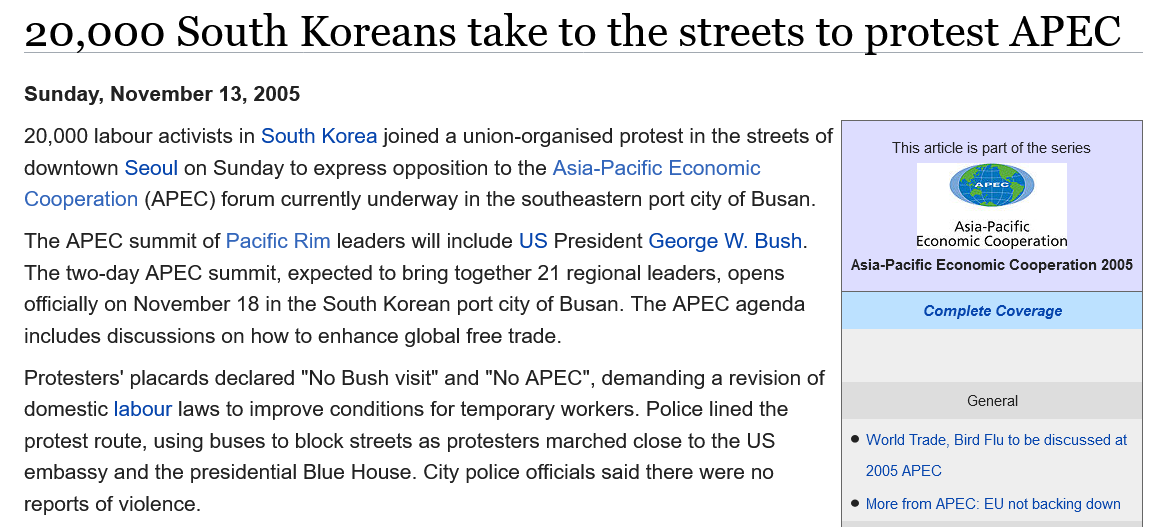
20,000    South    Koreans    take    to    the   streets    to   protest    APEC
   The APEC  summit of Pacific Rim leaders will include US President George W. Bush.
   The two-day APEC summit, expected to bring together 21 regional leaders, opens
   officially on November 18 in the South Korean port city of Busan. The APEC agenda
   includes discussions on how to enhance global free trade.
   Protesters’ placards declared "No Bush visit" and "No APEC", demanding a revision of
   domestic labour laws to improve conditions for temporary workers. Police lined the
   protest route, using buses to block streets as protesters marched close to the US
   embassy and the presidential Blue House. City police officials said there were no
   reports of violence.
   20,000 labour activists in South Korea joined a union-organised protest in the streets of
   downtown Seoul on Sunday to express opposition to the Asia-Pacific Economic
   Cooperation (APEC) forum currently underway in the southeastern port city of Busan.
     This article is part of the series
     Asia-Pacific
     Economic Cooperation
     Asia-Pacific Economic Cooperation 2005
     Complete Coverage
     General
     © World Trade, Bird Flu to be discussed at
     2005 APEC
     © More from APEC: EU not backing down
   Sunday, November 13, 2005